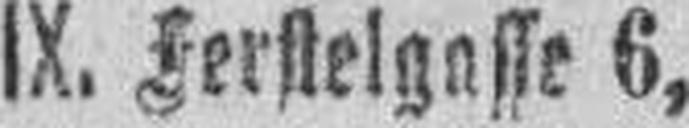
IX. Ferstelgasse 6,